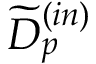
{ \widetilde D } _ { p } ^ { ( i n ) }